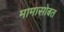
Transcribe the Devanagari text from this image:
मामासोबत